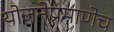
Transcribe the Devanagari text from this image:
योजनेप्रमाणेच